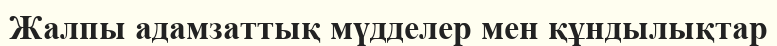
Жалпы адамзаттық мүдделер мен құндылықтар